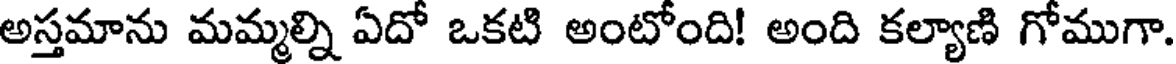
అస్తమాను మమ్మల్ని ఏదో ఒకటి అంటోంది! అంది కల్యాణి గోముగా.